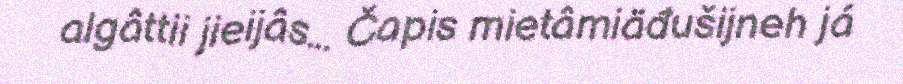
algâttii jieijâs... Čapis mietâmiäđušijneh já